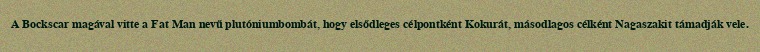
A Bockscar magával vitte a Fat Man nevű plutóniumbombát, hogy elsődleges célpontként Kokurát, másodlagos célként Nagaszakit támadják vele.